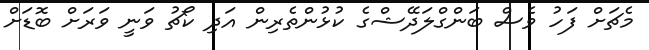
މެޗަށް ފަހު ވެސް ބަންގްލަދޭޝްގެ ކުޅުންތެރިން އަދި ކޯޗު ވަނީ ވަރަށް ބޮޑަށް